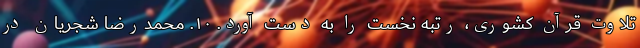
تلاوت قرآن کشوری، رتبهٔ نخست را به دست آورد. ۱۰. محمدرضا شجریان در